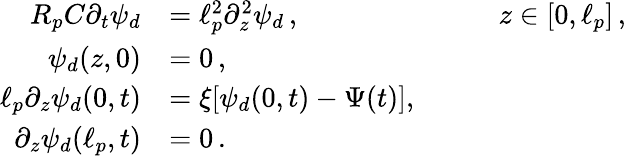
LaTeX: \begin{array}{rlrl}{R_{p}C\partial_{t}\psi_{d}}&{=\ell_{p}^{2}\partial_{z}^{2}\psi_{d}\, ,}&{\quad}&{z\in[0,\ell_{p}]\, ,}\\ {\psi_{d}(z,0)}&{=0\, ,}\\ {\ell_{p}\partial_{z}\psi_{d}(0,t)}&{=\xi[\psi_{d}(0,t)-\Psi(t)],}\\ {\partial_{z}\psi_{d}(\ell_{p},t)}&{=0\, .}\end{array}